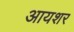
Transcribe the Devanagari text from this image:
आयशर